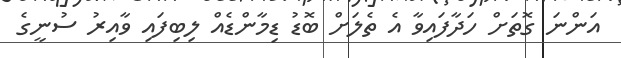
އަންނަ ގޮތަށް ހަދާފައިވާ އެ ތެލަށް ބޮޑު ޑިމާންޑެއް ލިބިފައި ވާއިރު ސުނީގެ